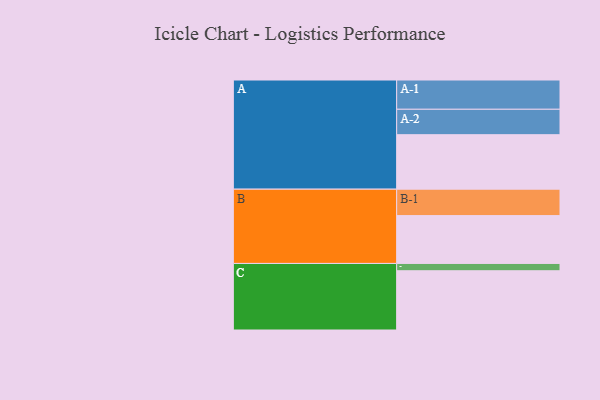
{"axis": {"x": "Segment", "y": "Value"}, "legend": ["", "A", "B", "C"], "data": [{"x": "A", "y": 501, "type": ""}, {"x": "B", "y": 440, "type": ""}, {"x": "C", "y": 545, "type": ""}, {"x": "A-1", "y": 269, "type": "A"}, {"x": "A-2", "y": 234, "type": "A"}, {"x": "B-1", "y": 243, "type": "B"}, {"x": "C-1", "y": 67, "type": "C"}]}